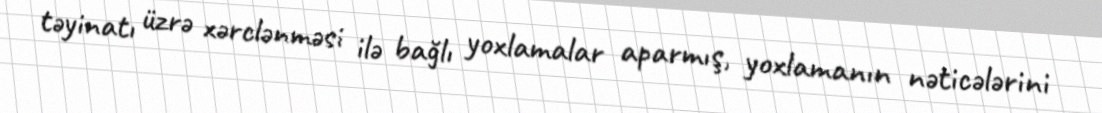
təyinatı üzrə xərclənməsi ilə bağlı yoxlamalar aparmış, yoxlamanın nəticələrini